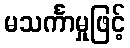
မသင်္ကာမှုဖြင့်